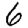
Digit: 6